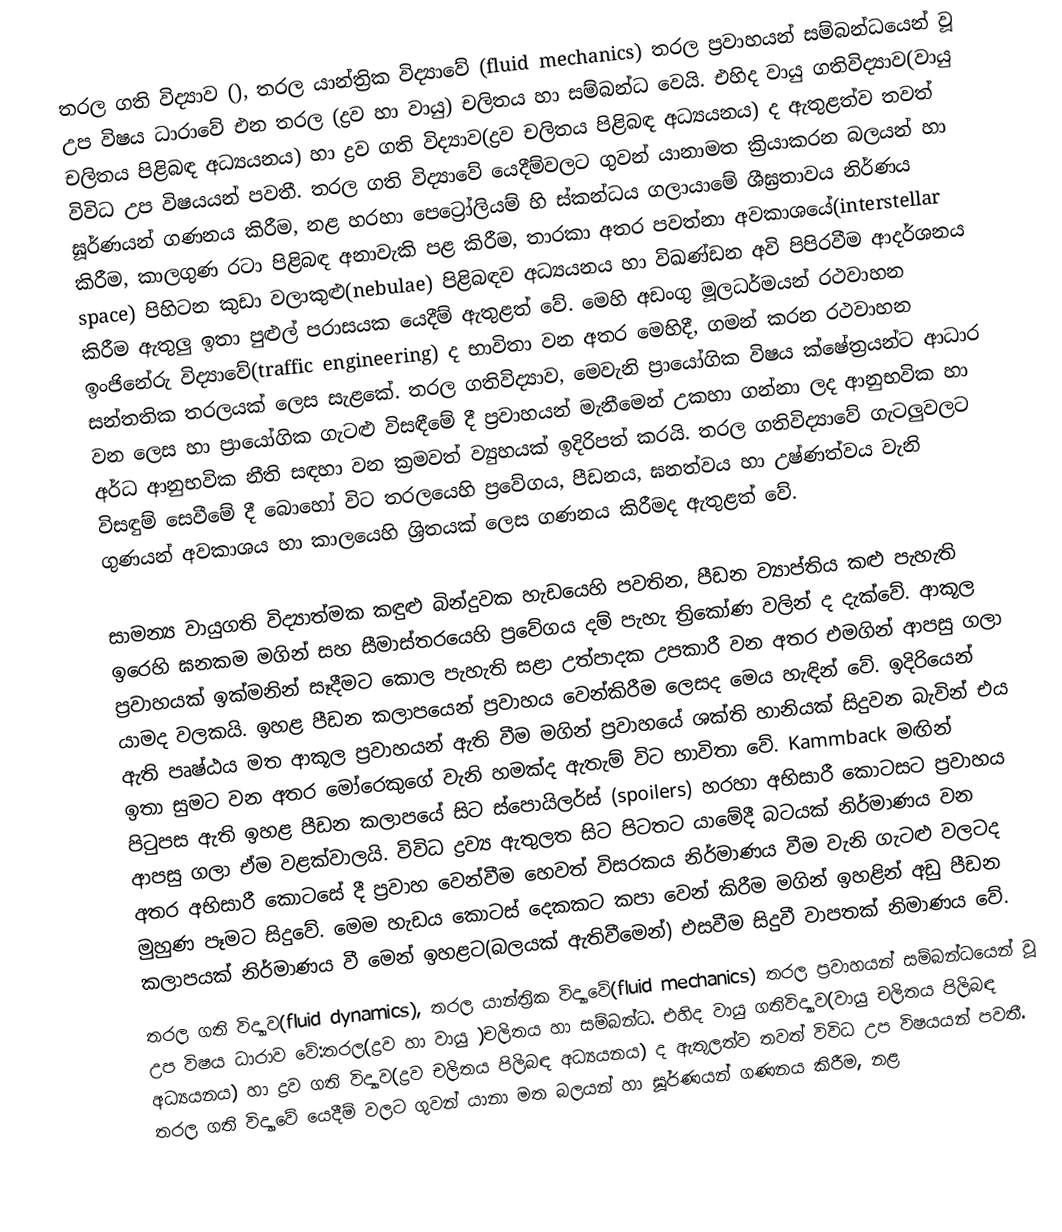
තරල ගති විද්‍යාව (), තරල යාන්ත්‍රික විද්‍යාවේ (fluid mechanics) තරල ප්‍රවාහයන් සම්බන්ධයෙන් වූ උප විෂය ධාරාවේ එන තරල (ද්‍රව හා වායු) චලිතය හා සම්බන්ධ වෙයි. එහිද වායු ගතිවිද්‍යාව(වායු චලිතය පිළිබඳ අධ්‍යයනය) හා ද්‍රව ගති විද්‍යාව(ද්‍රව චලිතය පිළිබඳ අධ්‍යයනය) ද ඇතුළත්ව තවත් විවිධ උප විෂයයන් පවතී. තරල ගති විද්‍යාවේ යෙදීම්වලට ගුවන් යානාමත ක්‍රියාකරන බලයන් හා ඝූර්ණයන් ගණනය කිරීම, නළ හරහා පෙට්‍රෝලියම් හි ස්කන්ධය ගලායාමේ ශීඝ්‍රතාවය නිර්ණය කිරීම, කාලගුණ රටා පිළිබඳ අනාවැකි පළ කිරීම, තාරකා අතර පවත්නා අවකාශයේ(interstellar space) පිහිටන කුඩා වලාකුළු(nebulae) පිළිබඳව අධ්‍යයනය හා විඛණ්ඩන අවි පිපිරවීම ආදර්ශනය කිරීම ඇතුලු ඉතා පුළුල් පරාසයක යෙදීම් ඇතුළත් වේ. මෙහි අඩංගු මූලධර්මයන් රථවාහන ඉංජිනේරු විද්‍යාවේ(traffic engineering) ද භාවිතා වන අතර මෙහිදී, ගමන් කරන රථවාහන සන්තතික තරලයක් ලෙස සැළකේ. තරල ගතිවිද්‍යාව, මෙවැනි ප්‍රායෝගික විෂය ක්ෂේත්‍රයන්ට ආධාර වන ලෙස හා ප්‍රායෝගික ගැටළු විසඳීමේ දී ප්‍රවාහයන් මැනීමෙන් උකහා ගන්නා ලද ආනුභවික හා අර්ධ ආනුභවික නීති සඳහා වන ක්‍රමවත් ව්‍යුහයක් ඉදිරිපත් කරයි. තරල ගතිවිද්‍යාවේ ගැටලුවලට විසඳුම් සෙවීමේ දී බොහෝ විට තරලයෙහි ප්‍රවේගය, පීඩනය, ඝනත්වය හා උෂ්ණත්වය වැනි ගුණයන් අවකාශය හා කාලයෙහි ශ්‍රිතයක් ලෙස ගණනය කිරීමද ඇතුළත් වේ.

සාමන්‍ය වායුගති විද්‍යාත්මක කඳුළු බින්දුවක හැඩයෙහි පවතින, පීඩන ව්‍යාප්තිය කළු පැහැති ඉරෙහි ඝනකම මගින් සහ සීමාස්තරයෙහි ප්‍රවේගය දම් පැහැ ත්‍රිකෝණ වලින් ද දැක්වේ. ආකූල ප්‍රවාහයක් ඉක්මනින් සෑදීමට කොල පැහැති සළා උත්පාදක උපකාරී වන අතර එමගින් ආපසු ගලා යාමද වලකයි. ඉහළ පීඩන කලාපයෙන් ප්‍රවාහය වෙන්කිරීම ලෙසද මෙය හැඳින් වේ. ඉදිරියෙන් ඇති පෘෂ්ඨය මත ආකූල ප්‍රවාහයන් ඇති වීම මගින් ප්‍රවාහයේ ශක්ති හානියක් සිදුවන බැවින් එය ඉතා සුමට වන අතර මෝරෙකුගේ වැනි හමක්ද ඇතැම් විට භාවිතා වේ. Kammback මඟින් පිටුපස ඇති ඉහළ පීඩන කලාපයේ සිට ස්පොයිලර්ස් (spoilers) හරහා අභිසාරී කොටසට ප්‍රවාහය ආපසු ගලා ඒම වළක්වාලයි. විවිධ ද්‍රව්‍ය ඇතුලත සිට පිටතට යාමේදී බටයක් නිර්මාණය වන අතර අභිසාරී කොටසේ දී ප්‍රවාහ වෙන්වීම හෙවත් විසරකය නිර්මාණය වීම වැනි ගැටළු වලටද මුහුණ පෑමට සිදුවේ. මෙම හැඩය කොටස් දෙකකට කපා වෙන් කිරීම මගින් ඉහළින් අඩු පීඩන කලාපයක් නිර්මාණය වී මෙන් ඉහළට(බලයක් ඇතිවීමෙන්) එසවීම සිදුවී වාපතක් නිමාණය වේ.
තරල ගති විද්‍යාව(fluid dynamics), තරල යාන්ත්‍රික විද්‍යාවේ(fluid mechanics) තරල ප්‍රවාහයන් සම්බන්ධයෙන් වූ උප විෂය ධාරාව වේ:තරල(ද්‍රව හා වායු )චලිතය හා සම්බන්ධ. එහිද වායු ගතිවිද්‍යාව(වායු චලිතය පිලිබඳ අධ්‍යයනය) හා ද්‍රව ගති විද්‍යාව(ද්‍රව චලිතය පිලිබඳ අධ්‍යයනය) ද ඇතුලත්ව තවත් විවිධ උප විෂයයන් පවතී. තරල ගති විද්‍යාවේ යෙදීම් වලට ගුවන් යානා මත බලයන් හා ඝූර්ණයන් ගණනය කිරීම, නළ